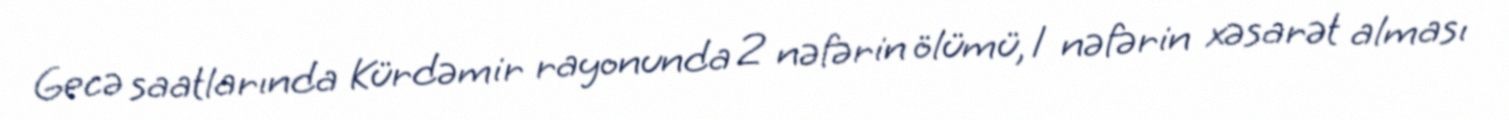
Gecə saatlarında Kürdəmir rayonunda 2 nəfərin ölümü, 1 nəfərin xəsarət alması